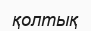
қолтық